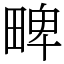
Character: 㽡